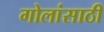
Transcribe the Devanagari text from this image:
गोलांसाठी